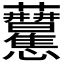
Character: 𧆒